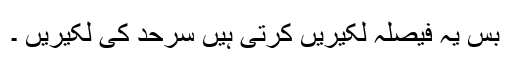
بس یہ فیصلہ لکیریں کرتی ہیں سرحد کی لکیریں ۔